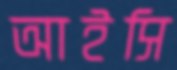
আইসি